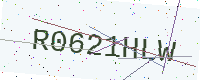
Text: R0621HLW